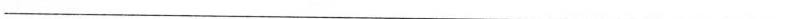
___